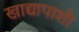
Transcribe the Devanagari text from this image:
खाद्यापाशी